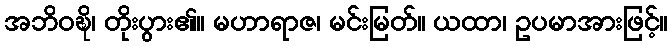
အဘိဝဍ္ဎိ၊ တိုးပွား၏။ မဟာရာဇ၊ မင်းမြတ်။ ယထာ၊ ဥပမာအားဖြင့်။